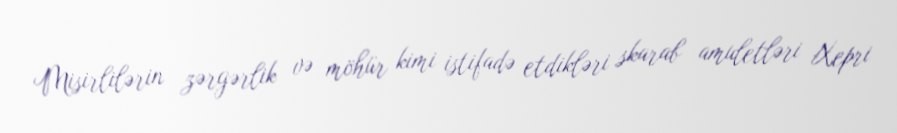
Misirlilərin zərgərlik və möhür kimi istifadə etdikləri skarab amuletləri Xepri